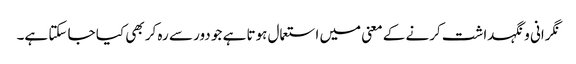
نگرانی و نگہداشت کرنے کے معنی میں استعمال ہوتا ہے جو دور سے رہ کر بھی کیا جا سکتا ہے۔